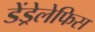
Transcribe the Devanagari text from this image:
डेंड्रेलेफिस